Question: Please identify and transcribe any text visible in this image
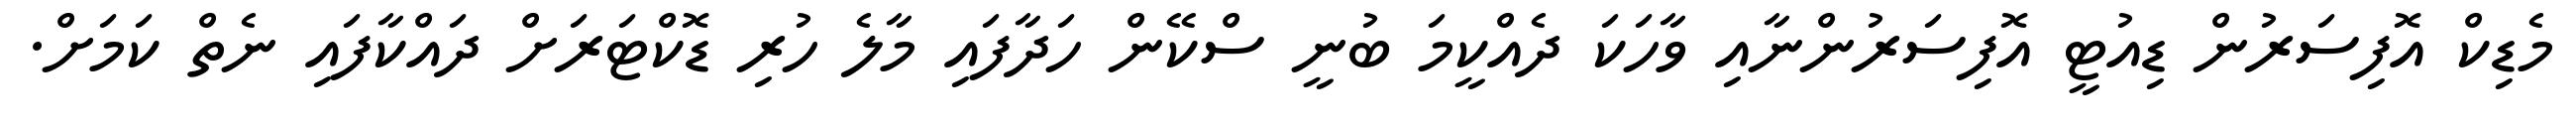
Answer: މެޑިކް އޮފިސަރުން ޑިއުޓީ އޮފިސަރުންނާއި ވާހަކަ ދެއްކީމަ ބުނީ ސްކޭން ހަދާފައި މާލެ ހުރި ޑޮކްޓަރަށް ދައްކާފައި ނެތް ކަމަށް.